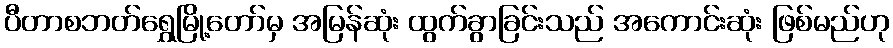
ပီတာစဘတ်ရွှေမြို့တော်မှ အမြန်ဆုံး ထွက်ခွာခြင်းသည် အကောင်းဆုံး ဖြစ်မည်ဟု